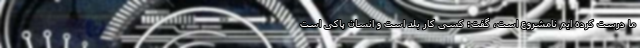
ما درست کرده ایم نامشروع است، گفت: کسی کار بلد است و انسان پاکی است